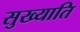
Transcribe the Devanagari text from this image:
सुख्याति